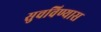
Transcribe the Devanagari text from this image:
सुचविण्यास